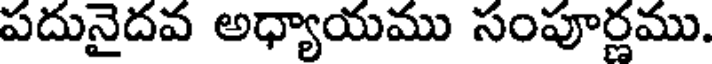
పదునైదవ అధ్యాయము సంపూర్ణము.